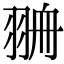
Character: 𦐷